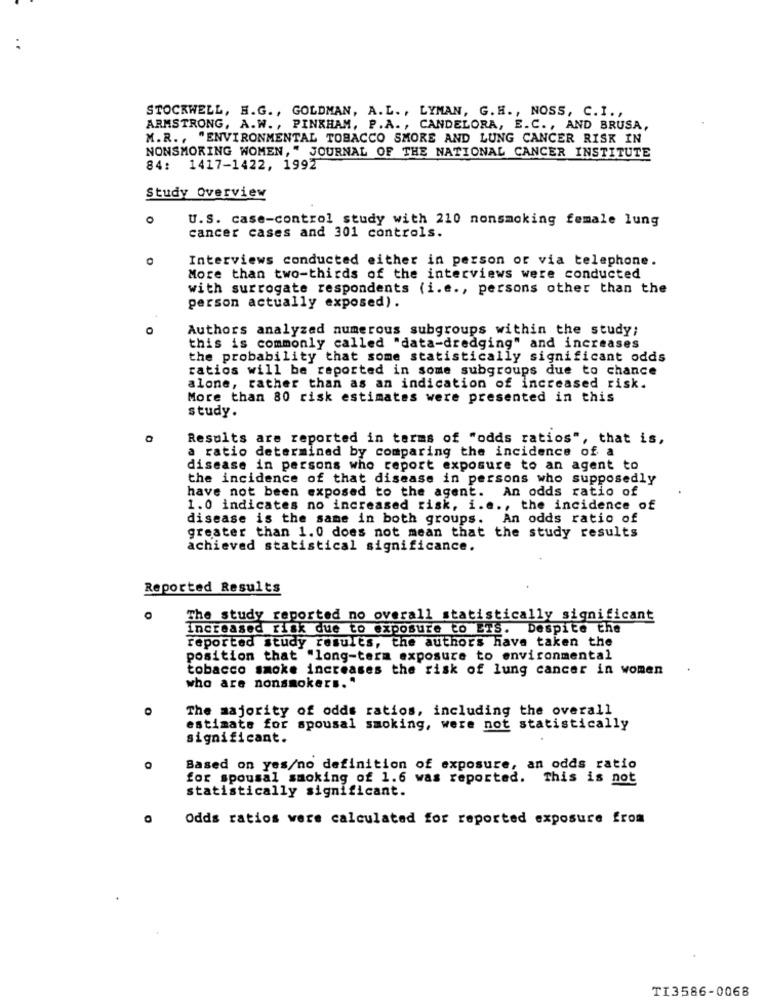
STOCKWELL, E.G ., GOLDMAN, A. L ., LYMAN, G. H ., NOSS, C.I .,
ARMSTRONG, A.W ., PINKHAM, P. A. , CANDELORA, E.C ., AND BRUSA,
M.R ., "ENVIRONMENTAL TOBACCO SMORE AND LUNG CANCER RISK IN
NONSMOKING WOMEN," JOURNAL OF THE NATIONAL CANCER INSTITUTE
84: 1417-1422, 1992
Study Overview
U.S. case-control study with 210 nonsmoking female lung
cancer cases and 301 controls.
Interviews conducted either in person or via telephone.
More than two-thirds of the interviews were conducted
with surrogate respondents (i.e ., persons other than the
person actually exposed).
Authors analyzed numerous subgroups within the study;
this is commonly called "data-dredging" and increases
the probability that some statistically significant odds
ratios will be reported in some subgroups due to chance
alone, rather than as an indication of increased risk.
More than 80 risk estimates were presented in this
study.
Results are reported in terms of "odds ratios", that is,
a ratio determined by comparing the incidence of a
disease in persons who report exposure to an agent to
the incidence of that disease in persons who supposedly
have not been exposed to the agent. An odds ratio of
1.0 indicates no increased risk, i.e ., the incidence of
disease is the same in both groups. An odds ratio of
greater than 1.0 does not mean that the study results
achieved statistical significance.
Reported Results
O
The study reported no overall statistically significant
increased risk due to exposure to ETS. Despite the
reported study results, the authors have taken the
position that "long-term exposure to environmental
tobacco smoke increases the risk of lung cancer in women
who are nonsmokers. "
O
The majority of odds ratios, including the overall
estimate for spousal smoking, were not statistically
significant.
O
Based on yes/no definition of exposure, an odds ratio
for spousal smoking of 1.6 was reported. This is not
statistically significant.
Odds ratios were calculated for reported exposure from
TI3586-0068